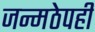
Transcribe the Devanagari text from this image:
जन्मठेपही